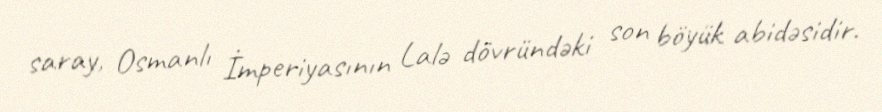
saray, Osmanlı İmperiyasının Lalə dövründəki son böyük abidəsidir.